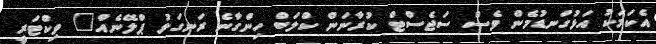
އެކަމަކު އަޅުގަނޑުމެން ވެސް ސަޖެސްޓް ކުރާނަން ކްލަބް ހިންގާނެ ރަނގަޅު ޕްލޭނެއް" ވިކްޓަރީ